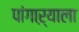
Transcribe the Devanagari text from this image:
पांगाऱ्याला